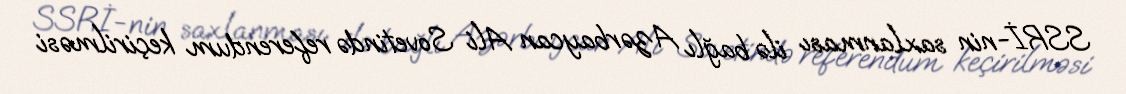
SSRİ-nin saxlanması ilə bağlı Azərbaycan Ali Sovetində referendum keçirilməsi